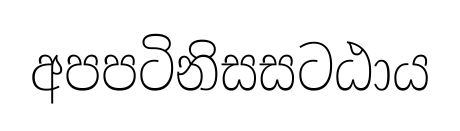
අපපටිනිසසටඨාය